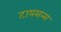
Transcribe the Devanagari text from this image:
टायसन्स